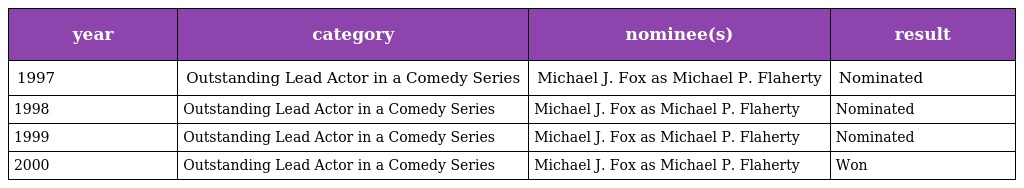
| year | category | nominee(s) | result |
 | --- | --- | --- | --- |
 | 1997 | Outstanding Lead Actor in a Comedy Series | Michael J. Fox as Michael P. Flaherty | Nominated |
 | 1998 | Outstanding Lead Actor in a Comedy Series | Michael J. Fox as Michael P. Flaherty | Nominated |
 | 1999 | Outstanding Lead Actor in a Comedy Series | Michael J. Fox as Michael P. Flaherty | Nominated |
 | 2000 | Outstanding Lead Actor in a Comedy Series | Michael J. Fox as Michael P. Flaherty | Won |